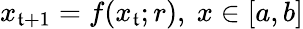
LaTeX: x_{\mathfrak{t}+1}=f(x_{\mathfrak{t}};r),\ x\in[a,b]